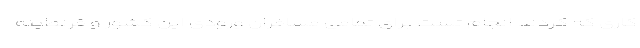
کاری که کردند انجام تست برای تمامی مسافران ورودی این کشور و قرنطینه